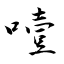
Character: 噎